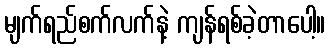
မျက်ရည်စက်လက်နဲ့ ကျန်ရစ်ခဲ့တာပေါ့။